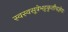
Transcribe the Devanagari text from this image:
स्वस्वसूत्रेभट्टकृतौचज्ञेयः